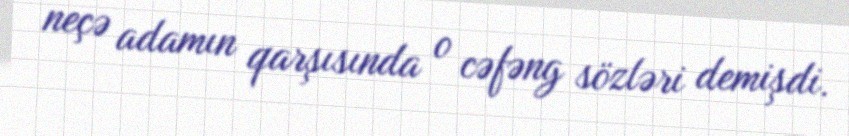
neçə adamın qarşısında o cəfəng sözləri demişdi.